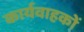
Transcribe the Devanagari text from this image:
कार्यवाहकों